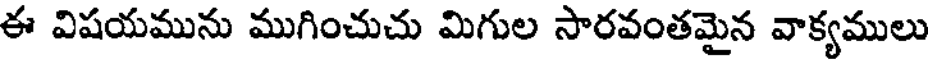
ఈ విషయమును ముగించుచు మిగుల సారవంతమైన వాక్యములు